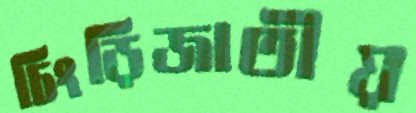
চিংড়িজাতীয়